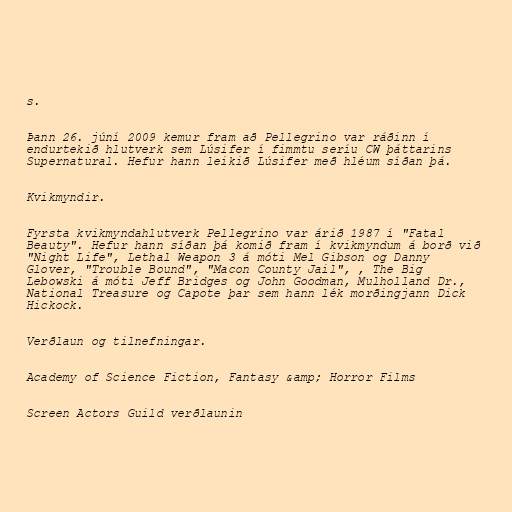
s.

Þann 26. júní 2009 kemur fram að Pellegrino var ráðinn í
endurtekið hlutverk sem Lúsifer í fimmtu seríu CW þáttarins
Supernatural. Hefur hann leikið Lúsifer með hléum síðan þá.

Kvikmyndir.

Fyrsta kvikmyndahlutverk Pellegrino var árið 1987 í "Fatal
Beauty". Hefur hann síðan þá komið fram í kvikmyndum á borð við
"Night Life", Lethal Weapon 3 á móti Mel Gibson og Danny
Glover, "Trouble Bound", "Macon County Jail", , The Big
Lebowski á móti Jeff Bridges og John Goodman, Mulholland Dr.,
National Treasure og Capote þar sem hann lék morðingjann Dick
Hickock.

Verðlaun og tilnefningar.

Academy of Science Fiction, Fantasy &amp; Horror Films

Screen Actors Guild verðlaunin